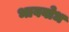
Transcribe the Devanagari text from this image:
भाववोध